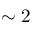
\sim 2